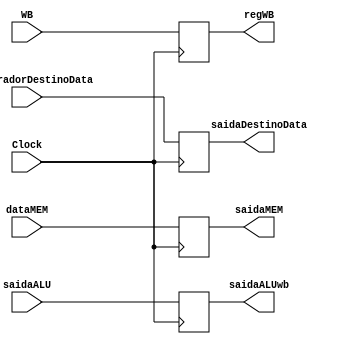
module MEMWB(
	input Clock,
	input [31:0] saidaALU, dataMEM,
	input [4:0] registradorDestinoData,
	input [1:0] WB,
	output reg [31:0]	saidaALUwb, saidaMEM,
	output reg [4:0] saidaDestinoData,
	output reg [1:0] regWB
);

 always @(posedge Clock) begin

	saidaALUwb <= saidaALU;
	saidaMEM <= dataMEM;
	saidaDestinoData <= registradorDestinoData;
	regWB <= WB;

 end

endmodule